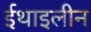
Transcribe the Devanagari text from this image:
ईथाइलीन